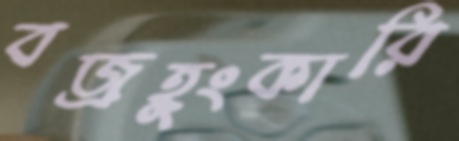
বজ্রহুংকারি